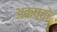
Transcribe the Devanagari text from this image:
अक्षके